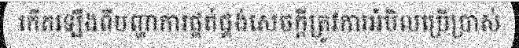
កើតឡើងពីបញ្ហាការផ្គត់ផ្គង់សេចក្តីត្រូវការអំបិលប្រើប្រាស់